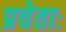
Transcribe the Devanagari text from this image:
प्रचेताः